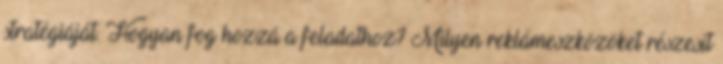
stratégiáját. Hogyan fog hozzá a feladathoz? Milyen reklámeszközöket részesít